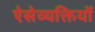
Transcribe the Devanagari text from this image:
ऐसेव्यक्तियों